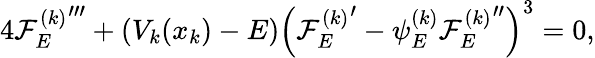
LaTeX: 4{{\cal F}_{E}^{(k)}}^{\prime\prime\prime}+(V_{k}(x_{k})-E)\left({{\cal F}_{E}^{(k)}}^{\prime}-\psi_{E}^{(k)}{{\cal F}_{E}^{(k)}}^{\prime\prime}\right)^{3}=0,